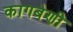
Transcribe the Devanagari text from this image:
कागबेणी